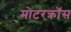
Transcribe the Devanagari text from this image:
मोटरक्रॉस